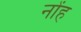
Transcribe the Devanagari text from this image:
नोंह